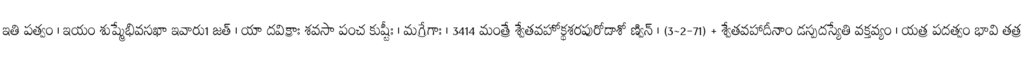
ఇతి పత్వం । ఇయం శుష్మేభివసఖా ఇవారు1 జత్ । యా దవిక్రాః శవసా పంచ కుష్టీః । మగ్రేగాః । 3414 మంత్రే శ్వేతవహోక్థశరపురోడాశో ణ్విన్ । (3~2-71) + శ్వేతవహాదీనాం డస్పదస్యేతి వక్తవ్యం । యత్ర పదత్వం భావి తత్ర